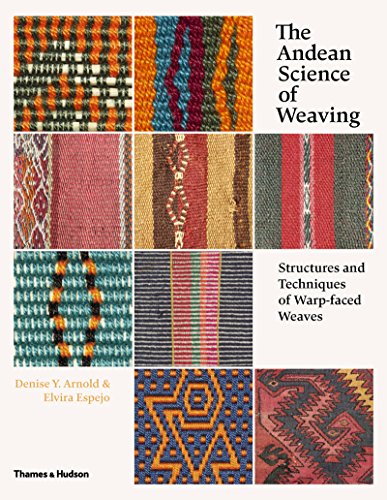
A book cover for The Andean Science of Weaving: Structures and Techniques for Warp-Faced Weaves; Denise Y. Arnold; Arts & Photography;